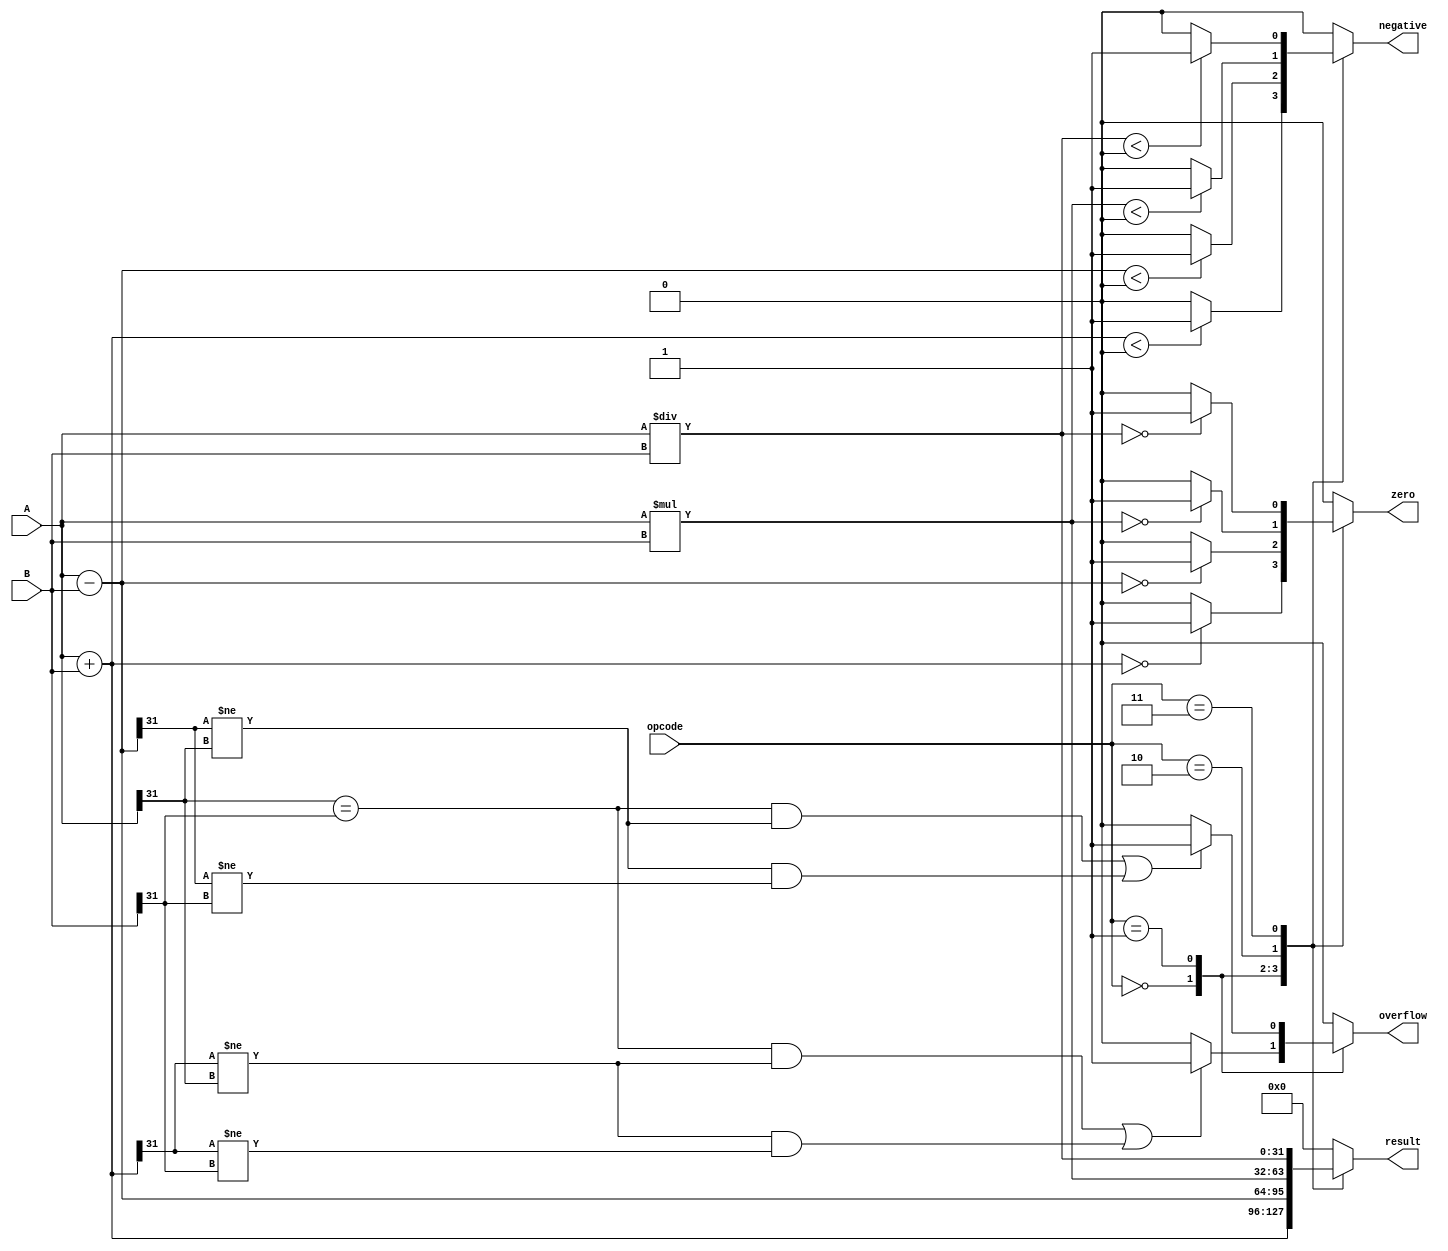
module ALU(
    input [31:0] A,
    input [31:0] B,
    input [2:0] opcode,
    output reg [31:0] result,
    output reg zero,
    output reg overflow,
    output reg negative
);

always @(*)
begin
    zero = 0;
    overflow = 0;
    negative = 0;

    case(opcode)
        3'b000: begin // Addition
            result = A + B;
            if(result == 0) zero = 1;
            if(result < 0) negative = 1;
            // Check for overflow
            if(((A[31] == B[31]) && (result[31] != A[31])) || ((result[31] != A[31]) && (result[31] != B[31])))
                overflow = 1;
        end

        3'b001: begin // Subtraction
            result = A - B;
            if(result == 0) zero = 1;
            if(result < 0) negative = 1;
            // Check for overflow
            if(((A[31] == -B[31]) && (result[31] != A[31])) || ((result[31] != A[31]) && (result[31] != -B[31])))
                overflow = 1;
        end

        3'b010: begin // Multiplication
            result = A * B;
            if(result == 0) zero = 1;
            if(result < 0) negative = 1;
            // Check for overflow
            if(result[63:32] != 0)
                overflow = 1;
        end

        3'b011: begin // Division
            result = A / B;
            if(result == 0) zero = 1;
            if(result < 0) negative = 1;
            // Check for overflow
            if(result[63:32] != 0)
                overflow = 1;
        end

        default: begin // Unsupported opcode
            result = 0;
            zero = 0;
            overflow = 0;
            negative = 0;
        end
    endcase
end

endmodule